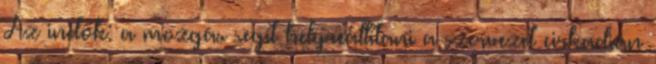
Az indok: a mozgás segít helyreállítani a szervezet cirkadián